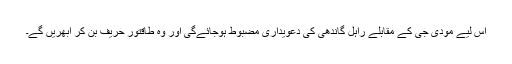
اس لیے مودی جی کے مقابلے راہل گاندھی کی دعویداری مضبوط ہوجائےگی اور وہ طاقتور حریف بن کر ابھریں گے۔